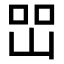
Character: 𡷇